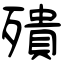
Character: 殨